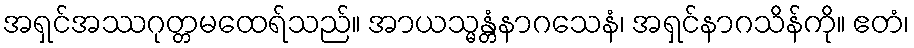
အရှင်အဿဂုတ္တမထေရ်သည်။ အာယသ္မန္တံနာဂသေနံ၊ အရှင်နာဂသိန်ကို။ ဧတံ၊